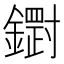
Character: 𮣒